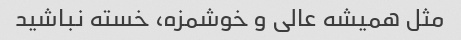
مثل همیشه عالی و خوشمزه، خسته نباشید